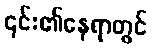
၎င်း၏နေရာတွင်